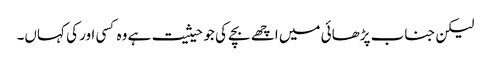
لیکن جناب پڑھائی میں اچھے بچے کی جو حیثیت ہے وہ کسی اور کی کہاں۔